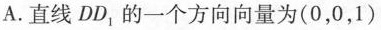
A.直线DD_{1}的一个方向向量为(0，0，1)